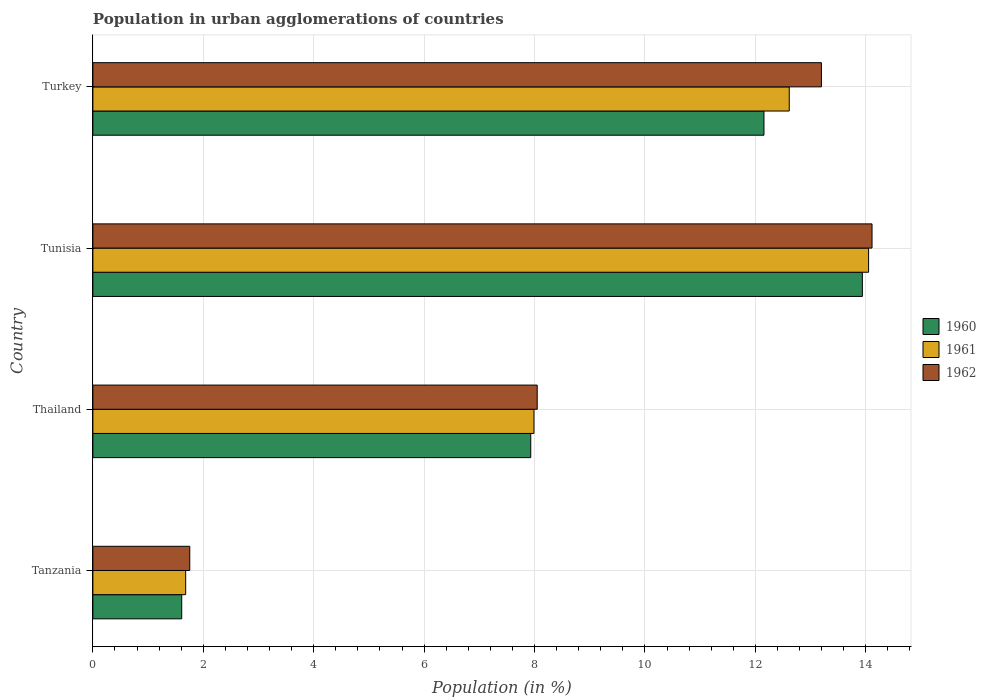
| Country | 1960 | 1961 | 1962 |
 | --- | --- | --- | --- |
 | Tanzania | 1.61 | 1.68 | 1.76 |
 | Thailand | 7.93 | 7.99 | 8.05 |
 | Tunisia | 13.9 | 14.1 | 14.1 |
 | Turkey | 12.2 | 12.6 | 13.2 |